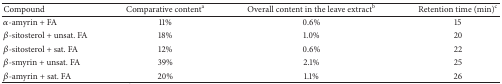
<table><thead><tr><td><b>Compound</b></td><td><b>Comparative content<sup>a</sup></b></td><td><b>Overall content in the leave extract<sup>b</sup></b></td><td><b>Retention time (min)<sup>c</sup></b></td></tr></thead><tbody><tr><td><i>α</i>-amyrin + FA</td><td>11%</td><td>0.6%</td><td>15</td></tr><tr><td><i>β</i>-sitosterol + unsat. FA</td><td>18%</td><td>1.0%</td><td>20</td></tr><tr><td><i>β</i>-sitosterol + sat. FA </td><td>12%</td><td>0.6%</td><td>22</td></tr><tr><td><i>β</i>-smyrin + unsat. FA</td><td>39%</td><td>2.1%</td><td>25</td></tr><tr><td><i>β</i>-amyrin + sat. FA</td><td>20%</td><td>1.1%</td><td>26</td></tr></tbody></table>